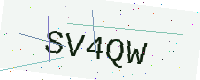
Text: SV4QW